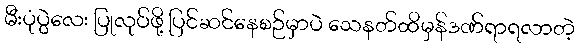
မီးပုံပွဲလေး ပြုလုပ်ဖို့ ပြင်ဆင်နေစဉ်မှာပဲ သေနတ်ထိမှန်ဒဏ်ရာရလာတဲ့